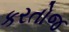
કરતોજ